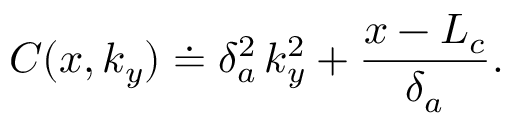
C ( x , k _ { y } ) \doteq \delta _ { a } ^ { 2 } \, k _ { y } ^ { 2 } + \frac { x - L _ { c } } { \delta _ { a } } .